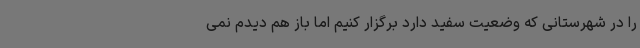
را در شهرستانی که وضعیت سفید دارد برگزار کنیم اما باز هم دیدم نمی